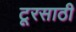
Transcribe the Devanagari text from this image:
टूरसाठी